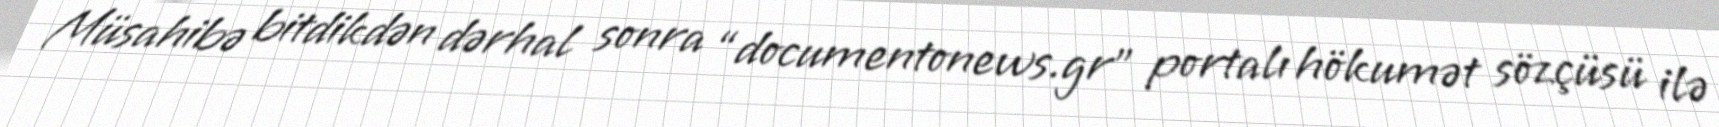
Müsahibə bitdikdən dərhal sonra “documentonews.gr” portalı hökumət sözçüsü ilə